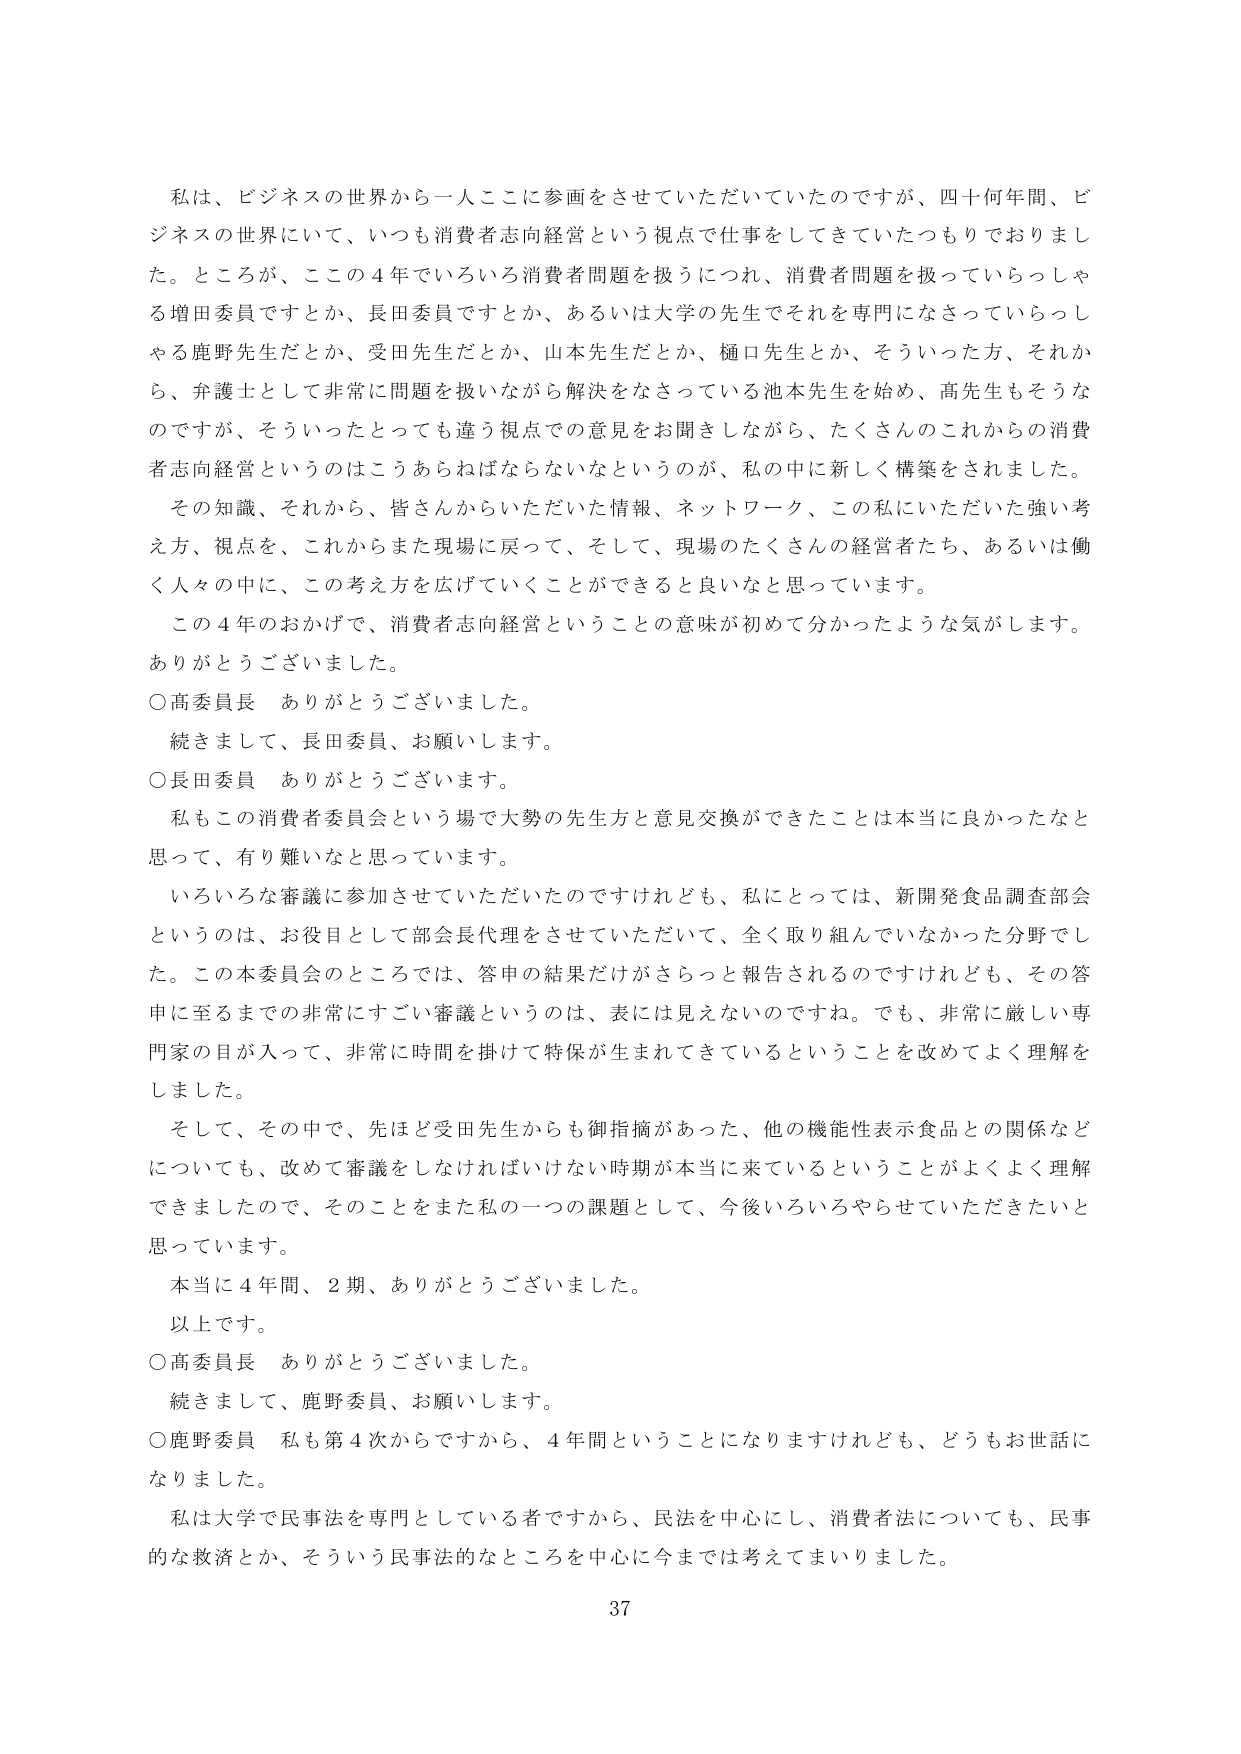
私は、ビジネスの世界から一人ここに参画をさせていただいていたのですが、四十何年間、ビジネスの世界にいて、いつも消費者志向経営という視点で仕事をしてきていたつもりでおりました。ところが、ここの４年でいろいろ消費者問題を扱うにつれ、消費者問題を扱っていらっしゃる増田委員ですとか、長田委員ですとか、あるいは大学の先生でそれを専門になさっていらっしゃる鹿野先生だとか、受田先生だとか、山本先生だとか、樋口先生とか、そういった方、それから、弁護士として非常に問題を扱いながら解決をなさっている池本先生を始め、高先生もそうなのですが、そういったとっても違う視点での意見をお聞きしながら、たくさんのこれからの消費者志向経営というのはこうあらねばならないなというのが、私の中に新しく構築をされました。

その知識、それから、皆さんからいただいた情報、ネットワーク、この私にいただいた強い考え方、視点を、これからまた現場に戻って、そして、現場のたくさんの経営者たち、あるいは働く人々の中に、この考え方を広げていくことができると言えると思っています。

この４年のおかげで、消費者志向経営ということの意味が初めて分かったような気がします。ありがとうございました。

○高委員長　ありがとうございました。

続きまして、長田委員、お願いします。

○長田委員　ありがとうございます。

私もこの消費者委員会という場で大勢の先生方と意見交換ができたことは本当に良かったなと思って、有り難いなと思っています。

いろいろな審議に参加させていただいたのですけれども、私にとっては、新開発食品調査部会というのは、お役目として部会長代理をさせていただいて、全く取り組んでいなかった分野でした。この本委員会のところでは、答申の結果だけがさらっと報告されるのですけれども、その答申に至るまでの非常にすごい審議というのは、表には見えないのですね。でも、非常に厳しい専門家の目が入って、非常に時間を掛けて特保が生まれてきているということを改めてよく理解をしました。

そして、その中で、先ほど受田先生からも御指摘があった、他の機能性表示食品との関係などについても、改めて審議をしなければいけない時期が本当に来ているということがよくよく理解できましたので、そのことをまた私の一つの課題として、今後いろいろやらせていただきたいと思っています。

本当に４年間、２期、ありがとうございました。

以上です。

○高委員長　ありがとうございました。

続きまして、鹿野委員、お願いします。

○鹿野委員　私も第４次からですから、４年間ということになりますけれども、どうもお世話になりました。

私は大学で民事法を専門としている者ですから、民法を中心にし、消費者法についても、民事的な救済とか、そういう民事法的なところを中心に今まで考ええてまいりました。

37